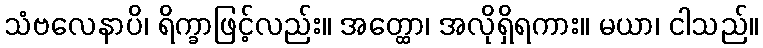
သံဗလေနာပိ၊ ရိက္ခာဖြင့်လည်း။ အတ္ထော၊ အလိုရှိရကား။ မယာ၊ ငါသည်။